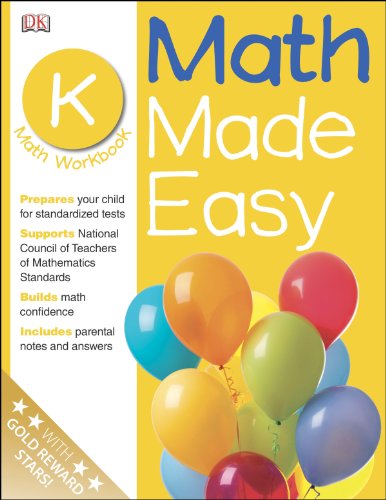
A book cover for Math Made Easy: Kindergarten Workbook (Math Made Easy); DK Publishing; Children's Books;